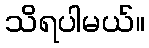
သိရပါမယ်။